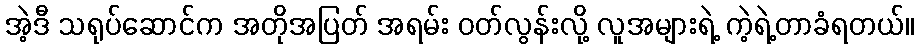
အဲ့ဒီ သရုပ်ဆောင်က အတိုအပြတ် အရမ်း ဝတ်လွန်းလို့ လူအများရဲ့ ကဲ့ရဲ့တာခံရတယ်။